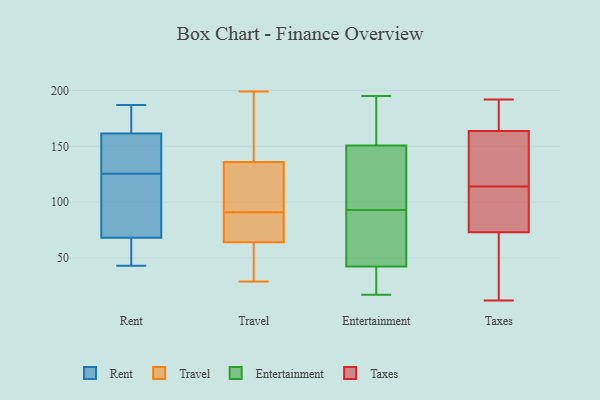
{"axis": {"x": "Latency (ms)", "y": "Value"}, "legend": ["Entertainment", "Rent", "Taxes", "Travel"], "data": [{"x": "", "y": 187, "type": "Rent"}, {"x": "", "y": 43, "type": "Rent"}, {"x": "", "y": 63, "type": "Rent"}, {"x": "", "y": 73, "type": "Rent"}, {"x": "", "y": 77, "type": "Rent"}, {"x": "", "y": 173, "type": "Rent"}, {"x": "", "y": 150, "type": "Rent"}, {"x": "", "y": 107, "type": "Rent"}, {"x": "", "y": 144, "type": "Rent"}, {"x": "", "y": 50, "type": "Rent"}, {"x": "", "y": 173, "type": "Rent"}, {"x": "", "y": 147, "type": "Rent"}, {"x": "", "y": 38, "type": "Travel"}, {"x": "", "y": 37, "type": "Travel"}, {"x": "", "y": 73, "type": "Travel"}, {"x": "", "y": 100, "type": "Travel"}, {"x": "", "y": 45, "type": "Travel"}, {"x": "", "y": 199, "type": "Travel"}, {"x": "", "y": 193, "type": "Travel"}, {"x": "", "y": 73, "type": "Travel"}, {"x": "", "y": 157, "type": "Travel"}, {"x": "", "y": 98, "type": "Travel"}, {"x": "", "y": 69, "type": "Travel"}, {"x": "", "y": 84, "type": "Travel"}, {"x": "", "y": 104, "type": "Travel"}, {"x": "", "y": 122, "type": "Travel"}, {"x": "", "y": 198, "type": "Travel"}, {"x": "", "y": 29, "type": "Travel"}, {"x": "", "y": 136, "type": "Travel"}, {"x": "", "y": 64, "type": "Travel"}, {"x": "", "y": 91, "type": "Entertainment"}, {"x": "", "y": 20, "type": "Entertainment"}, {"x": "", "y": 114, "type": "Entertainment"}, {"x": "", "y": 21, "type": "Entertainment"}, {"x": "", "y": 157, "type": "Entertainment"}, {"x": "", "y": 188, "type": "Entertainment"}, {"x": "", "y": 72, "type": "Entertainment"}, {"x": "", "y": 42, "type": "Entertainment"}, {"x": "", "y": 173, "type": "Entertainment"}, {"x": "", "y": 17, "type": "Entertainment"}, {"x": "", "y": 78, "type": "Entertainment"}, {"x": "", "y": 160, "type": "Entertainment"}, {"x": "", "y": 132, "type": "Entertainment"}, {"x": "", "y": 131, "type": "Entertainment"}, {"x": "", "y": 195, "type": "Entertainment"}, {"x": "", "y": 23, "type": "Entertainment"}, {"x": "", "y": 93, "type": "Entertainment"}, {"x": "", "y": 127, "type": "Entertainment"}, {"x": "", "y": 43, "type": "Entertainment"}, {"x": "", "y": 70, "type": "Taxes"}, {"x": "", "y": 140, "type": "Taxes"}, {"x": "", "y": 161, "type": "Taxes"}, {"x": "", "y": 192, "type": "Taxes"}, {"x": "", "y": 107, "type": "Taxes"}, {"x": "", "y": 35, "type": "Taxes"}, {"x": "", "y": 77, "type": "Taxes"}, {"x": "", "y": 65, "type": "Taxes"}, {"x": "", "y": 12, "type": "Taxes"}, {"x": "", "y": 174, "type": "Taxes"}, {"x": "", "y": 85, "type": "Taxes"}, {"x": "", "y": 140, "type": "Taxes"}, {"x": "", "y": 74, "type": "Taxes"}, {"x": "", "y": 176, "type": "Taxes"}, {"x": "", "y": 133, "type": "Taxes"}, {"x": "", "y": 114, "type": "Taxes"}, {"x": "", "y": 172, "type": "Taxes"}]}